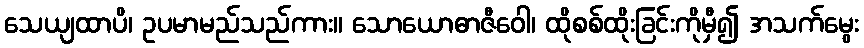
သေယျထာပိ၊ ဥပမာမည်သည်ကား။ သောယောဓာဇီဝေါ၊ ထိုစစ်ထိုးခြင်းကိုမှီ၍ အသက်မွေး